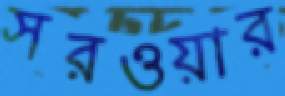
সরওয়ার